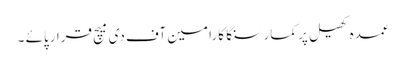
عمدہ کھیل پر کمارسنگا کارا مین آف دی میچ قرارپائے ۔